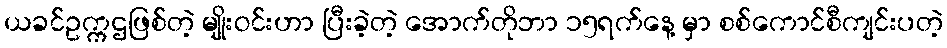
ယခင်ဥက္ကဌဖြစ်တဲ့ မျိုးဝင်းဟာ ပြီးခဲ့တဲ့ အောက်တိုဘာ ၁၅ရက်နေ့ မှာ စစ်ကောင်စီကျင်းပတဲ့